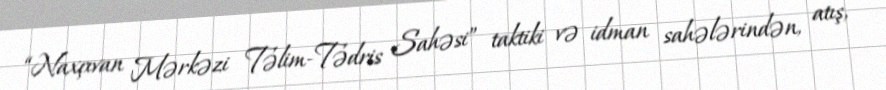
“Naxçıvan Mərkəzi Təlim-Tədris Sahəsi” taktiki və idman sahələrindən, atış,